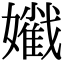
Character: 𡣯